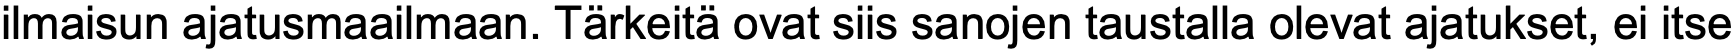
ilmaisun ajatusmaailmaan. Tärkeitä ovat siis sanojen taustalla olevat ajatukset, ei itse